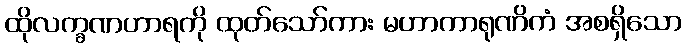
ထိုလက္ခဏဟာရကို ထုတ်သော်ကား မဟာကာရုဏိကံ အစရှိသော